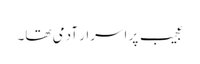
عجیب پر اسرار آدمی تھا۔